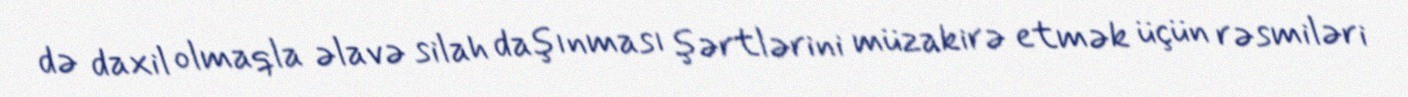
də daxil olmaqla əlavə silah daşınması şərtlərini müzakirə etmək üçün rəsmiləri